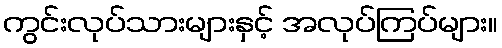
ကွင်းလုပ်သားများနှင့် အလုပ်ကြပ်များ။